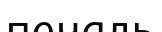
печаль